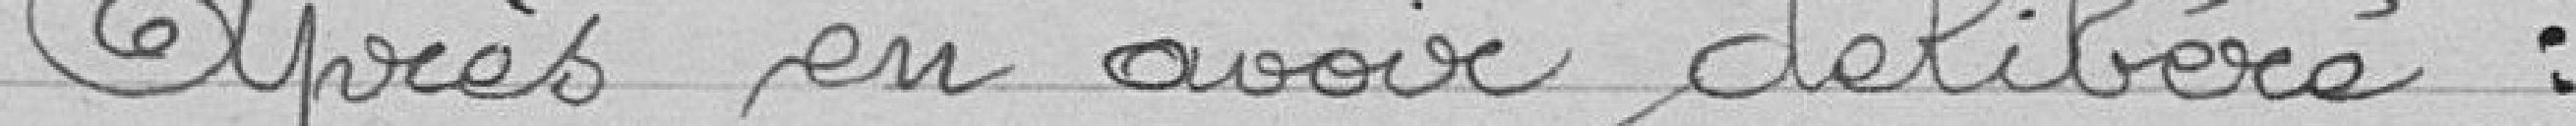
Après en avoir délibéré :